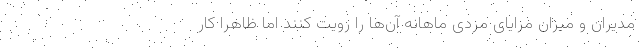
مدیران و میزان مزایای مزدی ماهانه آن‌ها را رویت کنند اما ظاهراً کار